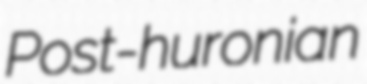
Post-huronian